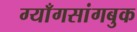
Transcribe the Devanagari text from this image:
ग्याँगसांगबुक